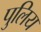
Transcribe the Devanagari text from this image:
पुलिय